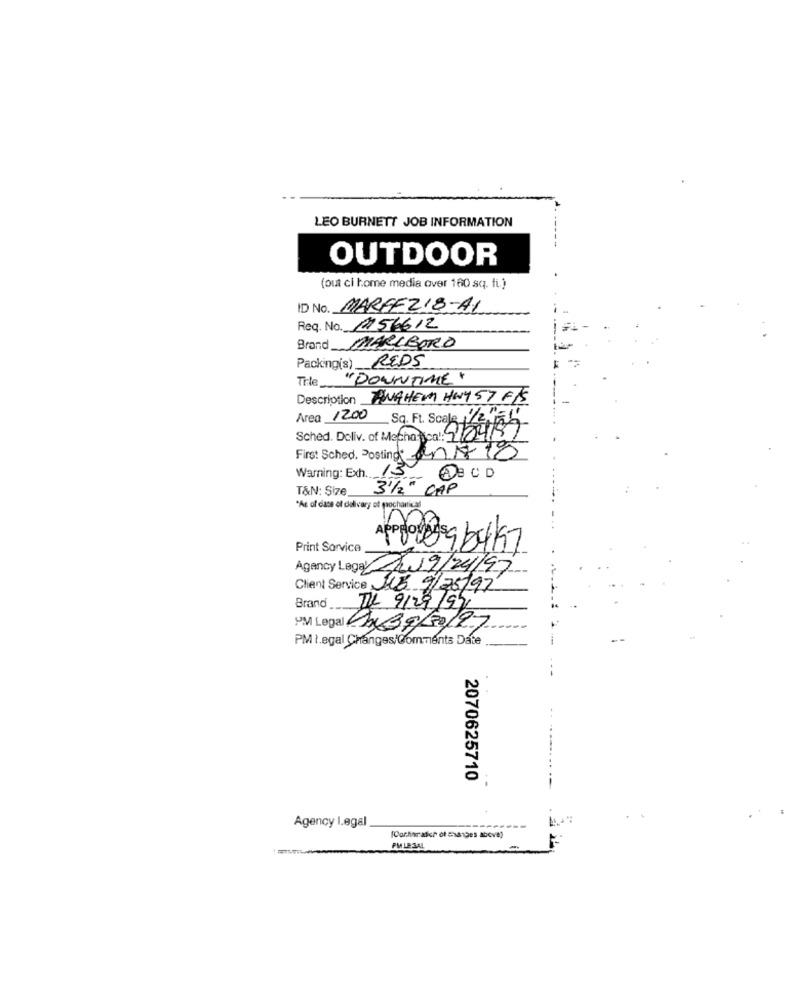
LEO BURNETT JOB INFORMATION
OUTDOOR
(out ci home media over 160 sq. ft.)
ID No. MARGE218-A1
Req. No. 1756612
Brand MARLBORO
Packing(s) REDS
The
"DOUNTIME "
Description ANAHEM HWY 57 FIS
Area 1200 Sq. Ft. Scale 11/2256
Sched. Deliv. of Macho Scal: 1/04/89
First Sched. Posting an 18 18
Warning: Exh. 15
DE CD
T&N: Size
3 1/2" CAP
"As of duse of delivery of paochantical
Print Sorvice
maerabok
Agency Lega /09/24/97
Client Service JUE 9/25/97
Brand
IL 9/29/99
PM Legal CB9/30/97
PM t.egal Changes/Comments Date
2070625710
Agency Legal
PMLESAL